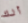
ألك